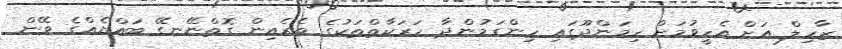
ޒާހިލް އަށް އެހީވުމަށް ހިމަންދޫގައި ހިންގަމުންދާ ހަރަކާތްތަކުގެ ތެރެއިން ގޮތްނޭނގޭ ބައްޔެއްގެ ވޭން